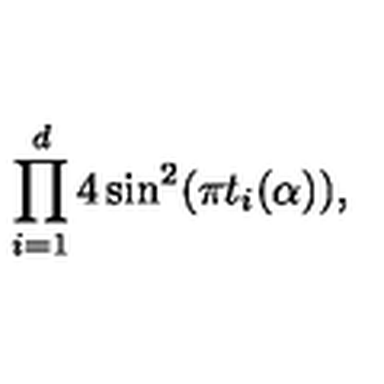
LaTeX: \prod _ { i = 1 } ^ { d } 4 \sin ^ { 2 } ( \pi t _ { i } ( \alpha ) ) ,